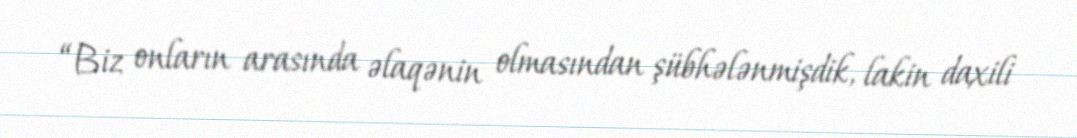
“Biz onların arasında əlaqənin olmasından şübhələnmişdik, lakin daxili